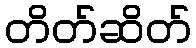
တိတ်ဆိတ်